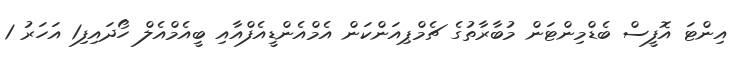
އިންޓަ އޮފީސް ބެޑްމިންޓަން މުބާރާތުގެ ޗެމްޕިއަންކަން އެމްއެންޑީއެފްއާއި ބީއެމްއެލް ހޯދައިފި1 އަހަރު 1